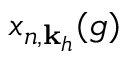
x _ { n , \mathbf { k } _ { h } } ( g )